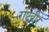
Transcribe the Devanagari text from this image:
राष्ट्रवीर